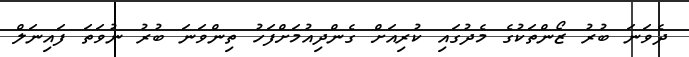
ދެވަނަ ބުރު ޒޯންތަކުގެ މެދުގައި ކުރިއަށް ގެންދިއުމަށްފަހު ތިންވަނަ ބުރު ނުވަތަ ފައިނަލް